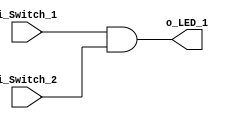
module And_Gate_Project (
    input i_Switch_1,  
    input i_Switch_2,
    output o_LED_1
);
       
assign o_LED_1 = i_Switch_1 & i_Switch_2;
 
endmodule